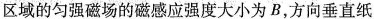
区域的匀强磁场的磁感应强度大小为B，方向垂直纸